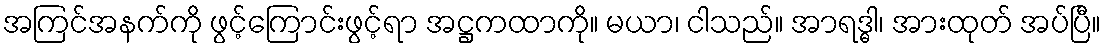
အကြင်အနက်ကို ဖွင့်ကြောင်းဖွင့်ရာ အဋ္ဌကထာကို။ မယာ၊ ငါသည်။ အာရဒ္ဓါ၊ အားထုတ် အပ်ပြီ။